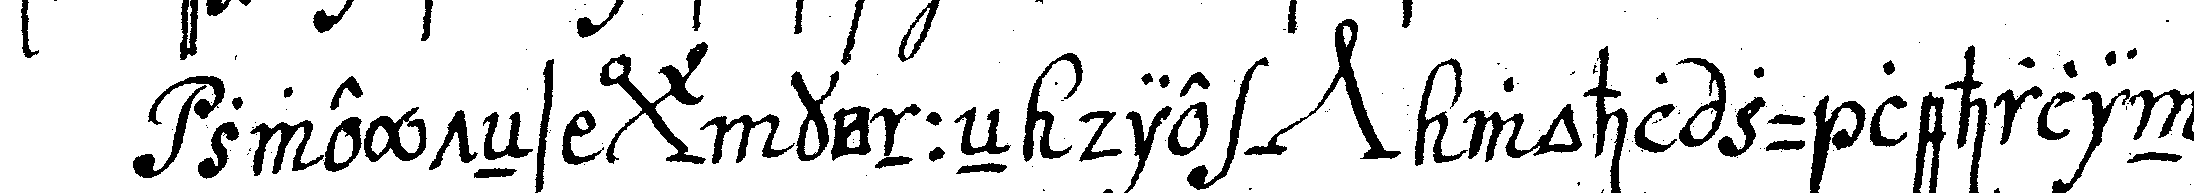
zweyteNs *bigx* könneN die *nee* wohl zu lehrlin